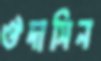
ঔদাসিন